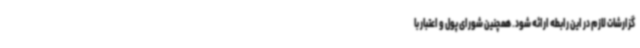
گزارشات لازم در این رابطه ارائه شود. همچنین شورای پول و اعتبار با